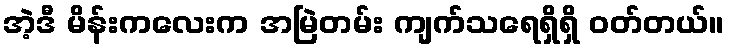
အဲ့ဒီ မိန်းကလေးက အမြဲတမ်း ကျက်သရေရှိရှိ ဝတ်တယ်။